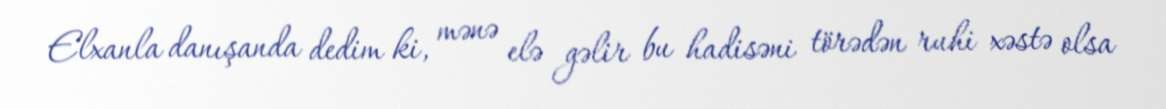
Elxanla danışanda dedim ki, mənə elə gəlir bu hadisəni törədən ruhi xəstə olsa